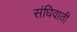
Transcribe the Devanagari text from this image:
संधिवाती